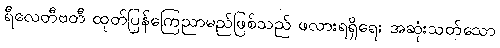
ရီလေတီဗတီ ထုတ်ပြန်ကြေညာမည်ဖြစ်သည် ဖလားရရှိရေး အဆုံးသတ်သော